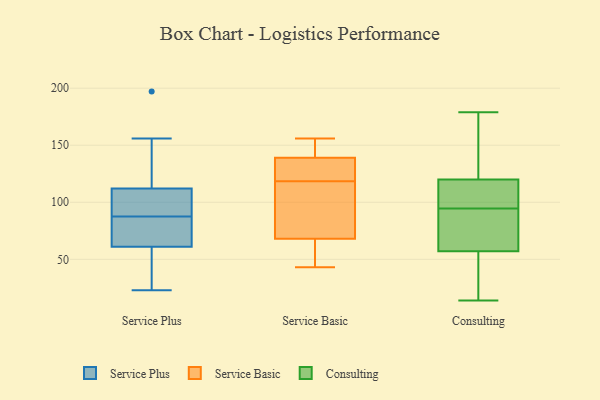
{"axis": {"x": "Inventory Turnover", "y": "Value"}, "legend": ["Consulting", "Service Basic", "Service Plus"], "data": [{"x": "", "y": 149, "type": "Service Plus"}, {"x": "", "y": 99, "type": "Service Plus"}, {"x": "", "y": 156, "type": "Service Plus"}, {"x": "", "y": 93, "type": "Service Plus"}, {"x": "", "y": 23, "type": "Service Plus"}, {"x": "", "y": 82, "type": "Service Plus"}, {"x": "", "y": 76, "type": "Service Plus"}, {"x": "", "y": 197, "type": "Service Plus"}, {"x": "", "y": 34, "type": "Service Plus"}, {"x": "", "y": 83, "type": "Service Plus"}, {"x": "", "y": 112, "type": "Service Plus"}, {"x": "", "y": 53, "type": "Service Plus"}, {"x": "", "y": 61, "type": "Service Plus"}, {"x": "", "y": 92, "type": "Service Plus"}, {"x": "", "y": 74, "type": "Service Basic"}, {"x": "", "y": 126, "type": "Service Basic"}, {"x": "", "y": 139, "type": "Service Basic"}, {"x": "", "y": 115, "type": "Service Basic"}, {"x": "", "y": 147, "type": "Service Basic"}, {"x": "", "y": 68, "type": "Service Basic"}, {"x": "", "y": 156, "type": "Service Basic"}, {"x": "", "y": 122, "type": "Service Basic"}, {"x": "", "y": 46, "type": "Service Basic"}, {"x": "", "y": 43, "type": "Service Basic"}, {"x": "", "y": 72, "type": "Consulting"}, {"x": "", "y": 51, "type": "Consulting"}, {"x": "", "y": 155, "type": "Consulting"}, {"x": "", "y": 179, "type": "Consulting"}, {"x": "", "y": 166, "type": "Consulting"}, {"x": "", "y": 99, "type": "Consulting"}, {"x": "", "y": 57, "type": "Consulting"}, {"x": "", "y": 120, "type": "Consulting"}, {"x": "", "y": 59, "type": "Consulting"}, {"x": "", "y": 103, "type": "Consulting"}, {"x": "", "y": 49, "type": "Consulting"}, {"x": "", "y": 14, "type": "Consulting"}, {"x": "", "y": 85, "type": "Consulting"}, {"x": "", "y": 119, "type": "Consulting"}, {"x": "", "y": 41, "type": "Consulting"}, {"x": "", "y": 95, "type": "Consulting"}, {"x": "", "y": 94, "type": "Consulting"}, {"x": "", "y": 135, "type": "Consulting"}]}